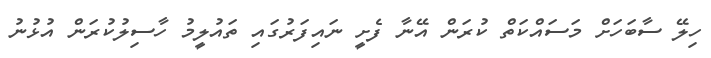
ހިލޭ ސާބަހަށް މަސައްކަތް ކުރަން އޭނާ ފެށީ ނައިފަރުގައި ތައުލީމު ހާސިލުކުރަން އުޅުނު